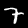
Label: 7